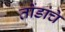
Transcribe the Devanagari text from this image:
तोंडांचे